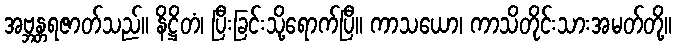
အဗ္ဘန္တရဇာတ်သည်။ နိဋ္ဌိတံ၊ ပြီးခြင်းသို့ရောက်ပြီ။ ကာသယော၊ ကာသိတိုင်းသားအမတ်တို့။